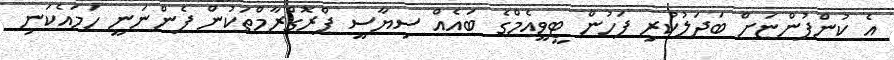
އެ ކުންފުންޏަށް ބަދަލުކުރި ފަހުން ޓީވީއެމްގެ ބައެއް ސިޔާސީ ޕްރޮގްރާމްތަކުން ފެންނަނީ ހަމައެކަނި